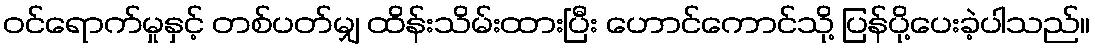
ဝင်ရောက်မှုနှင့် တစ်ပတ်မျှ ထိန်းသိမ်းထားပြီး ဟောင်ကောင်သို့ ပြန်ပို့ပေးခဲ့ပါသည်။